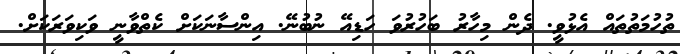
ތުހުމަތުތައް އެޅުވީ. ދެން މިހާރު ބަހުރުވަ ހަޑިއޭ ނުބުނޭ. އިންސާނަކަށް ކެތްވާނީ ވަކިވަރަކަށް.